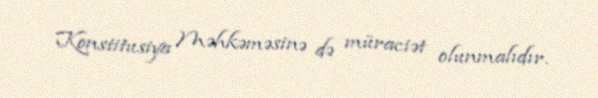
Konstitusiya Məhkəməsinə də müraciət olunmalıdır.